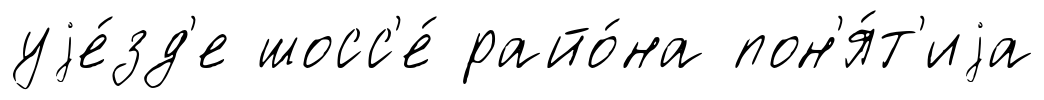
уjе́зд'е шосс'е́ райо́на пон'я́т'иjа